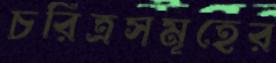
চরিত্রসমূহের